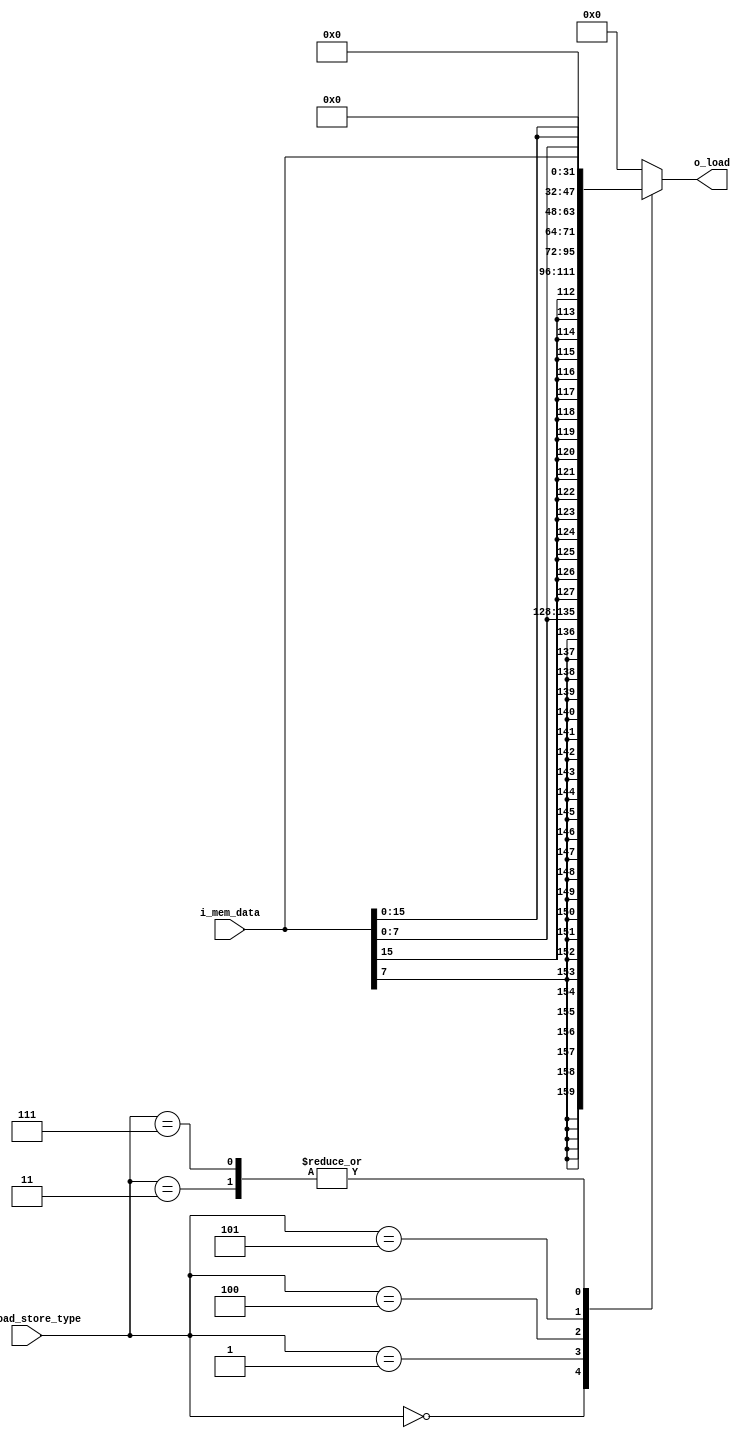
`timescale 1ns / 1ps
module load_instruction_type(
                            input  wire [2  : 0] is_load_store_type,
                            input  wire [31 : 0] i_mem_data,
                            output reg [31 : 0] o_load
                            );

    always@(*)begin
        case(is_load_store_type)
            //load bytesigned
            3'b000: o_load = {{24{i_mem_data[7]}},i_mem_data[7:0]}; 
            //load half
            3'b001: o_load = {{16{i_mem_data[15]}},i_mem_data[15:0]};
            //load completa
            3'b011: o_load = i_mem_data;
            //load byte unsigned
            3'b100: o_load = {{24'b0},i_mem_data[7:0]};
            //load half unsigned
            3'b101: o_load = {{16'b0},i_mem_data[15:0]};
            //load word unsigned
            3'b111: o_load = i_mem_data;
            default: o_load = 0;
        endcase
    end

endmodule